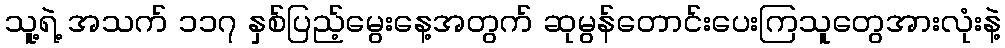
သူ့ရဲ့ အသက် ၁၁၇ နှစ်ပြည့်မွေးနေ့အတွက် ဆုမွန်တောင်းပေးကြသူတွေအားလုံးနဲ့